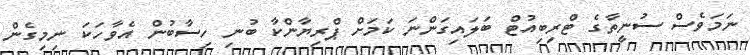
ނަމަވެސް ސުނީތާގެ ޓްރިބިއުޓް ބަލައިގަންނަ ކަމަށް ޕްރިޔާންކާ ބުނި ހިސާބުން އެވާހަކަ ނިމިގެން